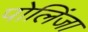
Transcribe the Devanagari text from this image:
पोलिंजा